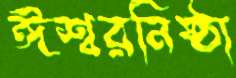
ঈশ্বরনিষ্ঠা